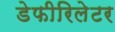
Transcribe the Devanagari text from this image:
डेफीरिलेटर